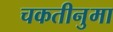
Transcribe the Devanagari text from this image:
चकतीनुमा